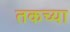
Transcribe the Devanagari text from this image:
तकच्या